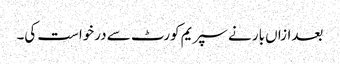
بعدازاں بار نے سپریم کورٹ سے درخواست کی۔